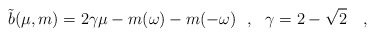
\begin{align*}\tilde{b}(\mu,m)=2\gamma\mu -m(\omega)-m(-\omega)~~,~~\gamma=2-\sqrt{2}~~~,\end{align*}